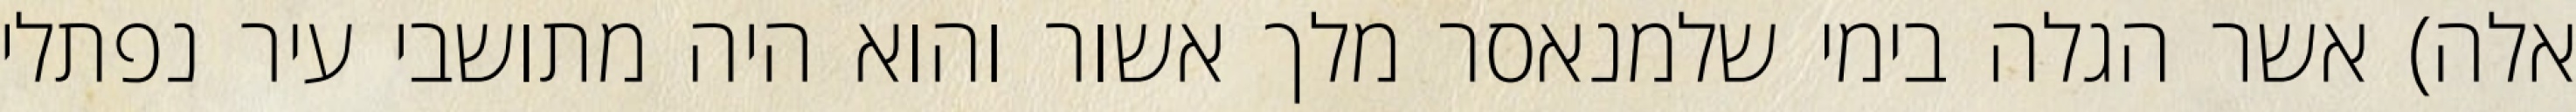
אלה) אשר הגלה בימי שלמנאסר מלך אשור והוא היה מתושבי עיר נפתלי